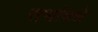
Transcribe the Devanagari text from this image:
सभांमधे